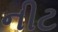
નીટ